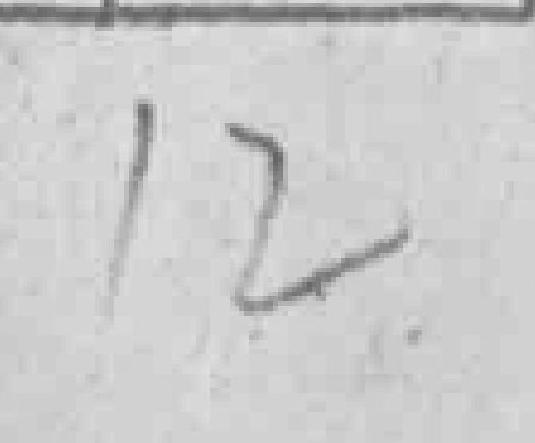
12